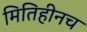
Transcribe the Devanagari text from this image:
मितिहीनच